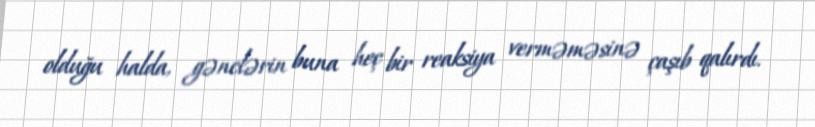
olduğu halda, gənclərin buna heç bir reaksiya verməməsinə çaşıb qalırdı.